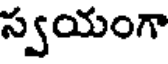
స్వయంగా